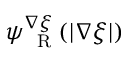
\psi _ { \mathrm { ~ \tiny ~ R ~ } } ^ { \nabla \xi } ( | \nabla \xi | )